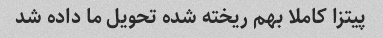
پیتزا کاملا بهم ریخته شده تحویل ما داده شد